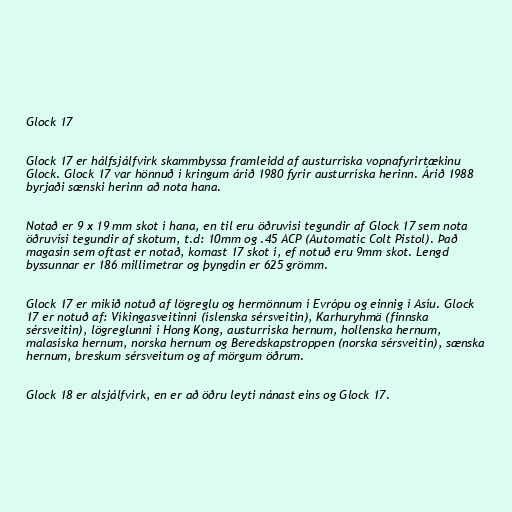
Glock 17

Glock 17 er hálfsjálfvirk skammbyssa framleidd af austurríska vopnafyrirtækinu
Glock. Glock 17 var hönnuð í kringum árið 1980 fyrir austurríska herinn. Árið 1988
byrjaði sænski herinn að nota hana.

Notað er 9 x 19 mm skot í hana, en til eru öðruvísi tegundir af Glock 17 sem nota
öðruvísi tegundir af skotum, t.d: 10mm og .45 ACP (Automatic Colt Pistol). Það
magasín sem oftast er notað, komast 17 skot í, ef notuð eru 9mm skot. Lengd
byssunnar er 186 millimetrar og þyngdin er 625 grömm.

Glock 17 er mikið notuð af lögreglu og hermönnum í Evrópu og einnig í Asíu. Glock
17 er notuð af: Víkingasveitinni (íslenska sérsveitin), Karhuryhmä (finnska
sérsveitin), lögreglunni í Hong Kong, austurríska hernum, hollenska hernum,
malasíska hernum, norska hernum og Beredskapstroppen (norska sérsveitin), sænska
hernum, breskum sérsveitum og af mörgum öðrum.

Glock 18 er alsjálfvirk, en er að öðru leyti nánast eins og Glock 17.